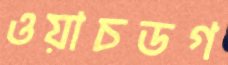
ওয়াচডগ